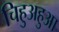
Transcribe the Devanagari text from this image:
चिहुअहुआ